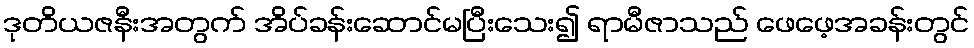
ဒုတိယဇနီးအတွက် အိပ်ခန်းဆောင်မပြီးသေး၍ ရာမီဇာသည် ဖေဖေ့အခန်းတွင်